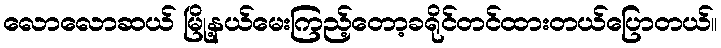
လောလောဆယ် မြို့နယ်မေးကြည့်တော့ခရိုင်တင်ထားတယ်ပြောတယ်။